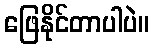
ဖြေနိုင်တာပါပဲ။